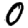
Digit: 0